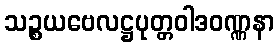
သဉ္စယဗေလဋ္ဌပုတ္တဝါဒဝဏ္ဏနာ